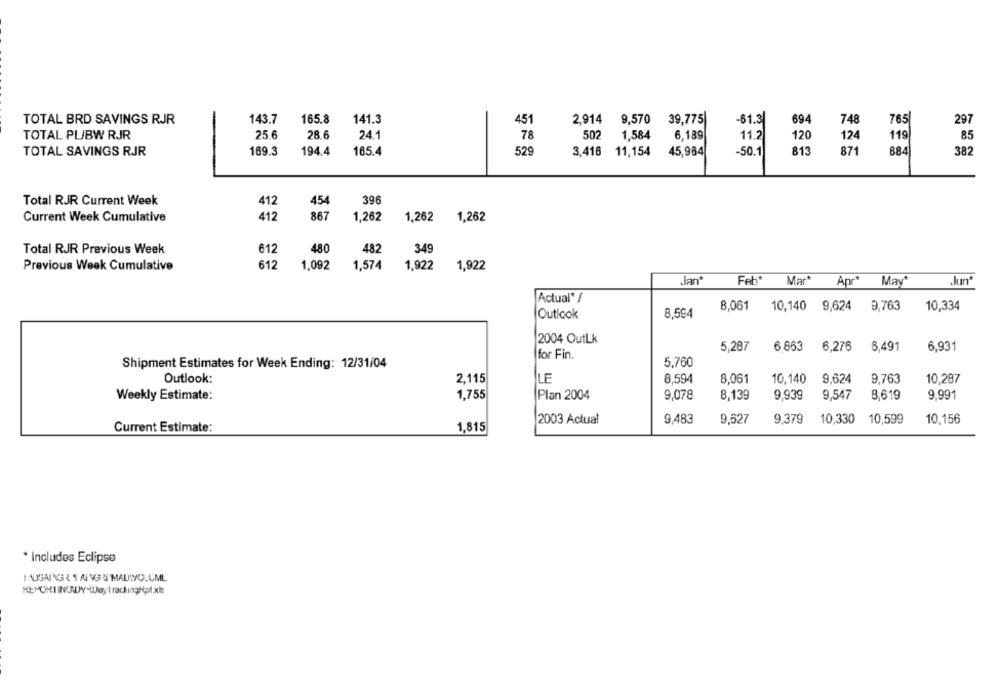
TOTAL BRD SAVINGS RJR
143.7
165.8
141.3
451
2,914
9.570
39,775
-61.3
694
748
765
297
TOTAL PL/BW RJR
25.6
28.6
24.1
78
502
1,584
6.189
11.2
120
124
119
85
TOTAL SAVINGS RJR
194.4
165.4
529
3,416
11,154
45,964
813
871
884
38
169.3
-50.1
Total RJR Current Week
396
412
454
Current Week Cumulative
412
867
1,262
1,262 1,262
480
349
Total RJR Previous Week
612
482
Previous Week Cumulative
612
1,092
1,574
1,922
1,922
Jan
Feh*
Mar*
Apr*
May*
Jun'
Actual* /
8,061
10,140
9,624
9,763
10,334
Outlook
8,594
2004 OutLk
6,491
5,287
6 863
6,276
6,931
for Fin.
Shipment Estimates for Week Ending: 12/31/04
5,760
Outlook:
2,115
LE
8,594
8,061
10,140
9.624
9.763
10,287
1,755
Plan 2004
8,139
9,547
8.619
Weekly Estimate:
9,078
9,939
9,991
2003 Actual
9,483
9,627
9,379
10,330
10,599
10.156
Current Estimate:
1.815
* Includes Eclipse
I AUSAING { Y AI VG 5 MADIVOLUML
REHOKIINGUDW Way IrachingHot.xls